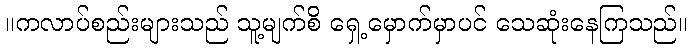
။ကလာပ်စည်းများသည် သူ့မျက်စိ ရှေ့မှောက်မှာပင် သေဆုံးနေကြသည်။